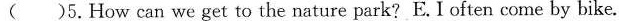
( )5.How can we get to the nature park?E.I often come by bike.